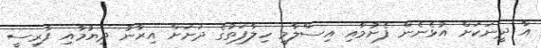
އާ ދީނަކަށް އުޅެނެން ފެށުމާއި އިސްލާމީ ހިލާފަތުގެ ދަށަށް އިރާނު ދިޔުމާއި ފާރިސީ